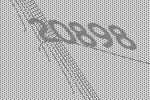
20898